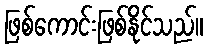
ဖြစ်ကောင်းဖြစ်နိုင်သည်။